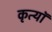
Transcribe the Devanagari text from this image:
कृत्यॉ